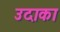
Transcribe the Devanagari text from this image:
उदाका